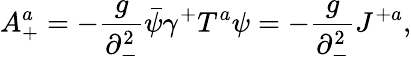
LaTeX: A_{+}^{a}=-{\frac{g}{\partial_{-}^{2}}}\bar{\psi}\gamma^{+}T^{a}\psi=-{\frac{g}{\partial_{-}^{2}}}J^{+a},